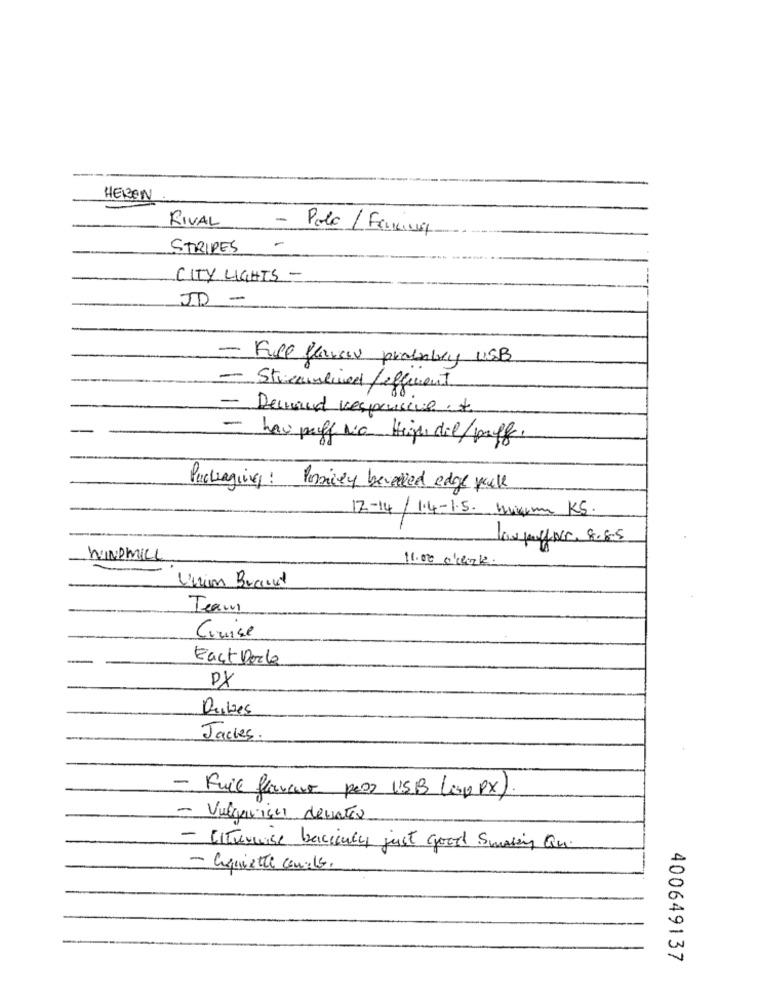
HERSEN
RIVAL
-
Polo / Fencing
-
STRIPES
CITY LIGHTS -
ID -
- File flawsis probably USB
- Streamlined fefferent
Demand responsive +
- hau proff No Hej del/puff.
Packaging: Pricey beveved edge packe
12-14/ 1.4-1.5. migrme KS.
losyNr. 8.85
WINDMILL
11.00 check.
Unin Brand
Team
Cruise
Each Porle
DX
Dribles
Jackes
- FuiE flanceo pros USB (ip PX).
- Vulgarisn debates
- Iltrernise bacicaly just good Smoking Qu.
- Cequiette conclo.
400649137